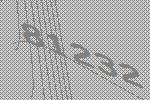
81232